Civil Veterinary Department. United Provinces 1912-22 - 1912-1922
Year: 1912
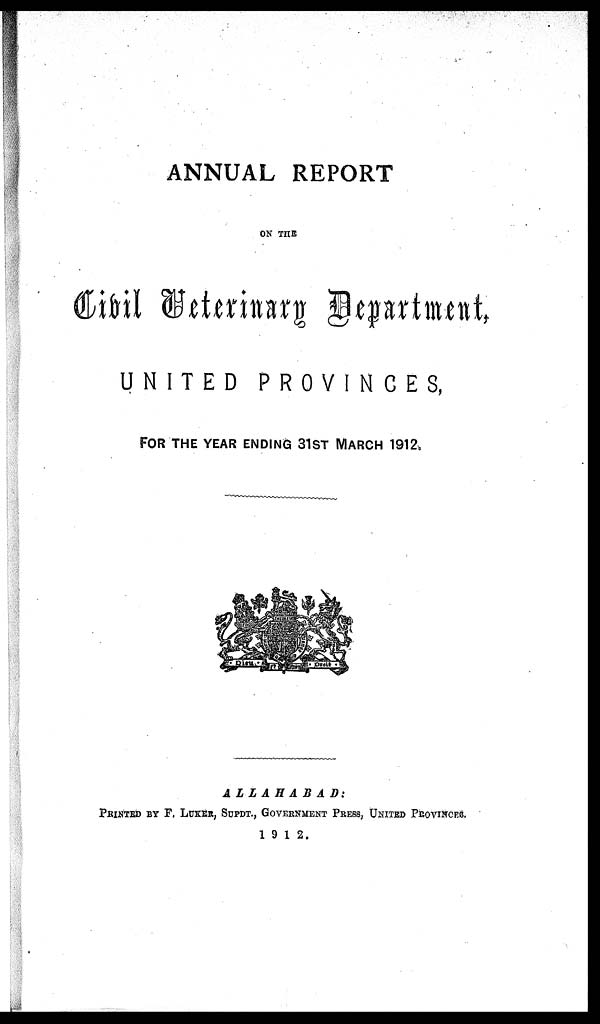
ANNUAL REPORT
ON THE
Civil Veterinary Department,
UNITED
PROVINCES,
FOR THE YEAR ENDING 31ST MARCH 1912.
ALLAHABAD:
PRINTED BY F. LUKER, SUPDT., GOVERNMENT PRESS, UNITED PROVINCES.
1912.